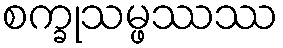
စက္ခုသမ္ဖဿဿ